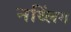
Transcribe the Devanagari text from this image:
नथ्लिंग